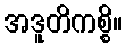
အဒူတိကစ္စိ။